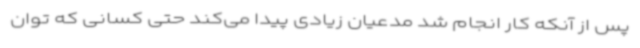
پس از آنکه کار انجام شد مدعیان زیادی پیدا می‌کند حتی کسانی که توان